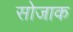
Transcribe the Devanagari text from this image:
सोजाक